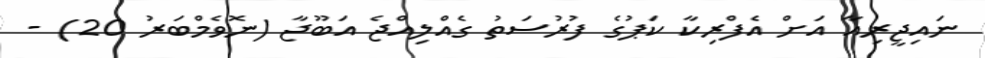
ނައިޖީރިއާ އަށް އެފްރިކާ ކަޕުގެ ފުރުސަތު ގެއްލިއްޖެ އަބޫޖާ (ނޮވެމްބަރު 20) -